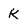
Character: k